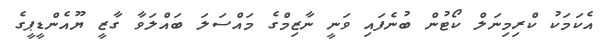
އެކަމަކު ކްރިމިނަލް ކޯޓުން ބުނެފައި ވަނީ ނާޒިމްގެ މައްސަލަ ބައްލަވާ ގާޒީ ޔޫއެންޑީޕީގެ